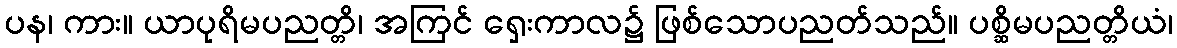
ပန၊ ကား။ ယာပုရိမပညတ္တိ၊ အကြင် ရှေးကာလ၌ ဖြစ်သောပညတ်သည်။ ပစ္ဆိမပညတ္တိယံ၊